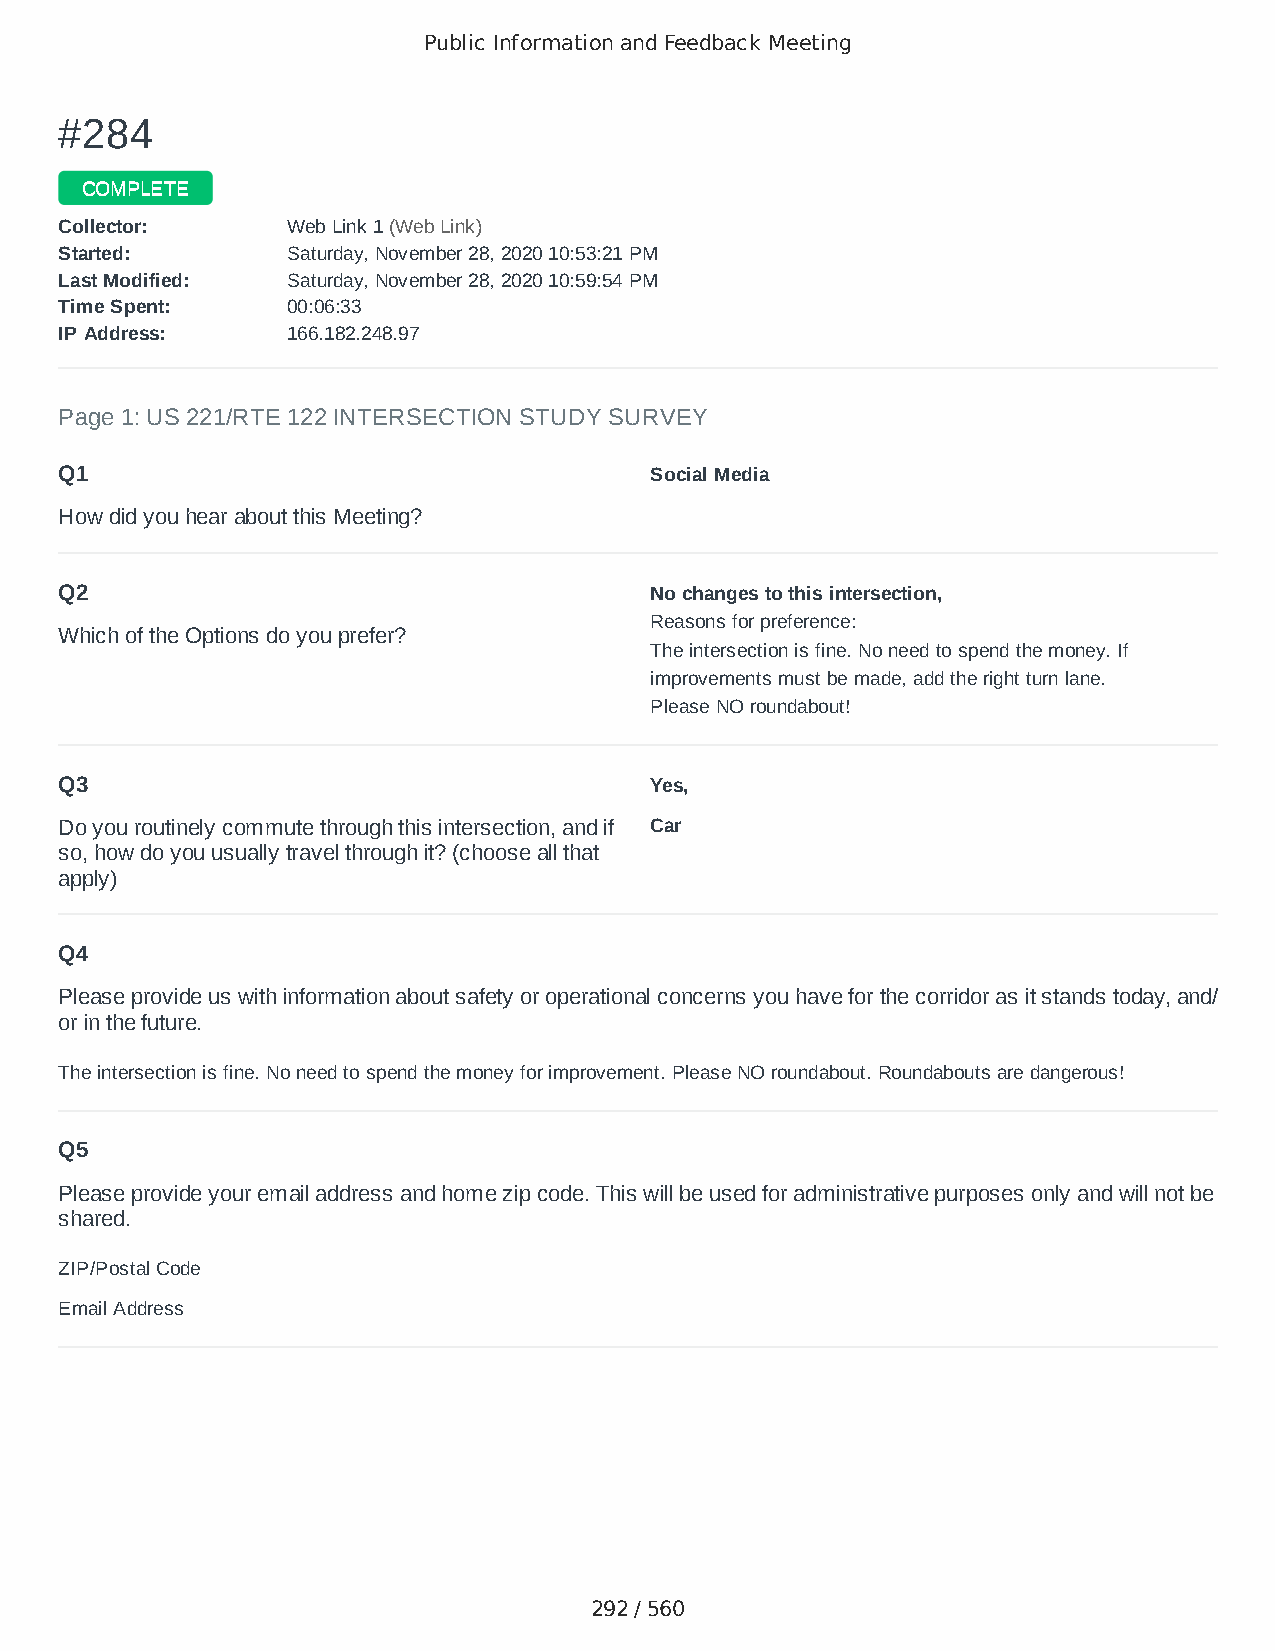
Public Information and Feedback Meeting
 ##228844
 CCOOMMPPLLEETTEE
 CCoolllleeccttoorr:: WWeebb LLiinnkk 11 ((WWeebb LLiinnkk))
 SSttaarrtteedd:: SSaattuurrddaayy,, NNoovveemmbbeerr 2288,, 22002200 1100::5533::2211 PPMM
 LLaasstt MMooddiiffiieedd:: SSaattuurrddaayy,, NNoovveemmbbeerr 2288,, 22002200 1100::5599::5544 PPMM
 TTiimmee SSppeenntt:: 0000::0066::3333
 IIPP AAddddrreessss:: 116666..118822..224488..9977
 Page 1: US 221/RTE 122 INTERSECTION STUDY SURVEY
 Q1                                     Social Media
 How did you hear about this Meeting?
 Q2                                     No changes to this intersection,
 Reasons for preference:
 Which of the Options do you prefer?
 The intersection is fine. No need to spend the money. If
 improvements must be made, add the right turn lane.
 Please NO roundabout!
 Q3                                     Yes,
 Do you routinely commute through this intersection, and if Car
 so, how do you usually travel through it? (choose all that
 apply)
 Q4
 Please provide us with information about safety or operational concerns you have for the corridor as it stands today, and/
 or in the future.
 The intersection is fine. No need to spend the money for improvement. Please NO roundabout. Roundabouts are dangerous!
 Q5
 Please provide your email address and home zip code. This will be used for administrative purposes only and will not be
 shared.
 ZIP/Postal Code                        24523
 Email Address                          samib220@yahoo.com
 292 / 560